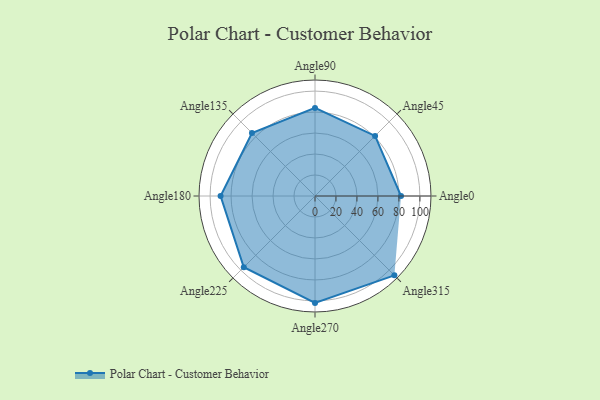
{"axis": {"x": "Angle", "y": "Radius"}, "legend": [""], "data": [{"x": "Angle0", "y": 82.0, "type": ""}, {"x": "Angle45", "y": 81.0, "type": ""}, {"x": "Angle90", "y": 84.0, "type": ""}, {"x": "Angle135", "y": 85.0, "type": ""}, {"x": "Angle180", "y": 90.0, "type": ""}, {"x": "Angle225", "y": 96.0, "type": ""}, {"x": "Angle270", "y": 102.0, "type": ""}, {"x": "Angle315", "y": 107.0, "type": ""}]}